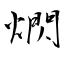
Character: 熌